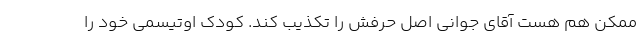
ممکن هم هست آقای جوانی اصل حرفش را تکذیب کند. کودک اوتیسمی خود را